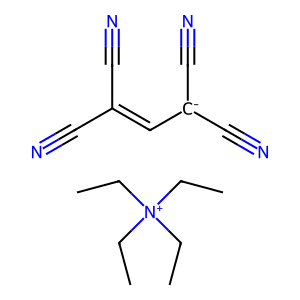
SMILES: CC[N+](CC)(CC)CC.N#CC(C#N)=C[C-](C#N)C#N
Inhibits HIV replication: No